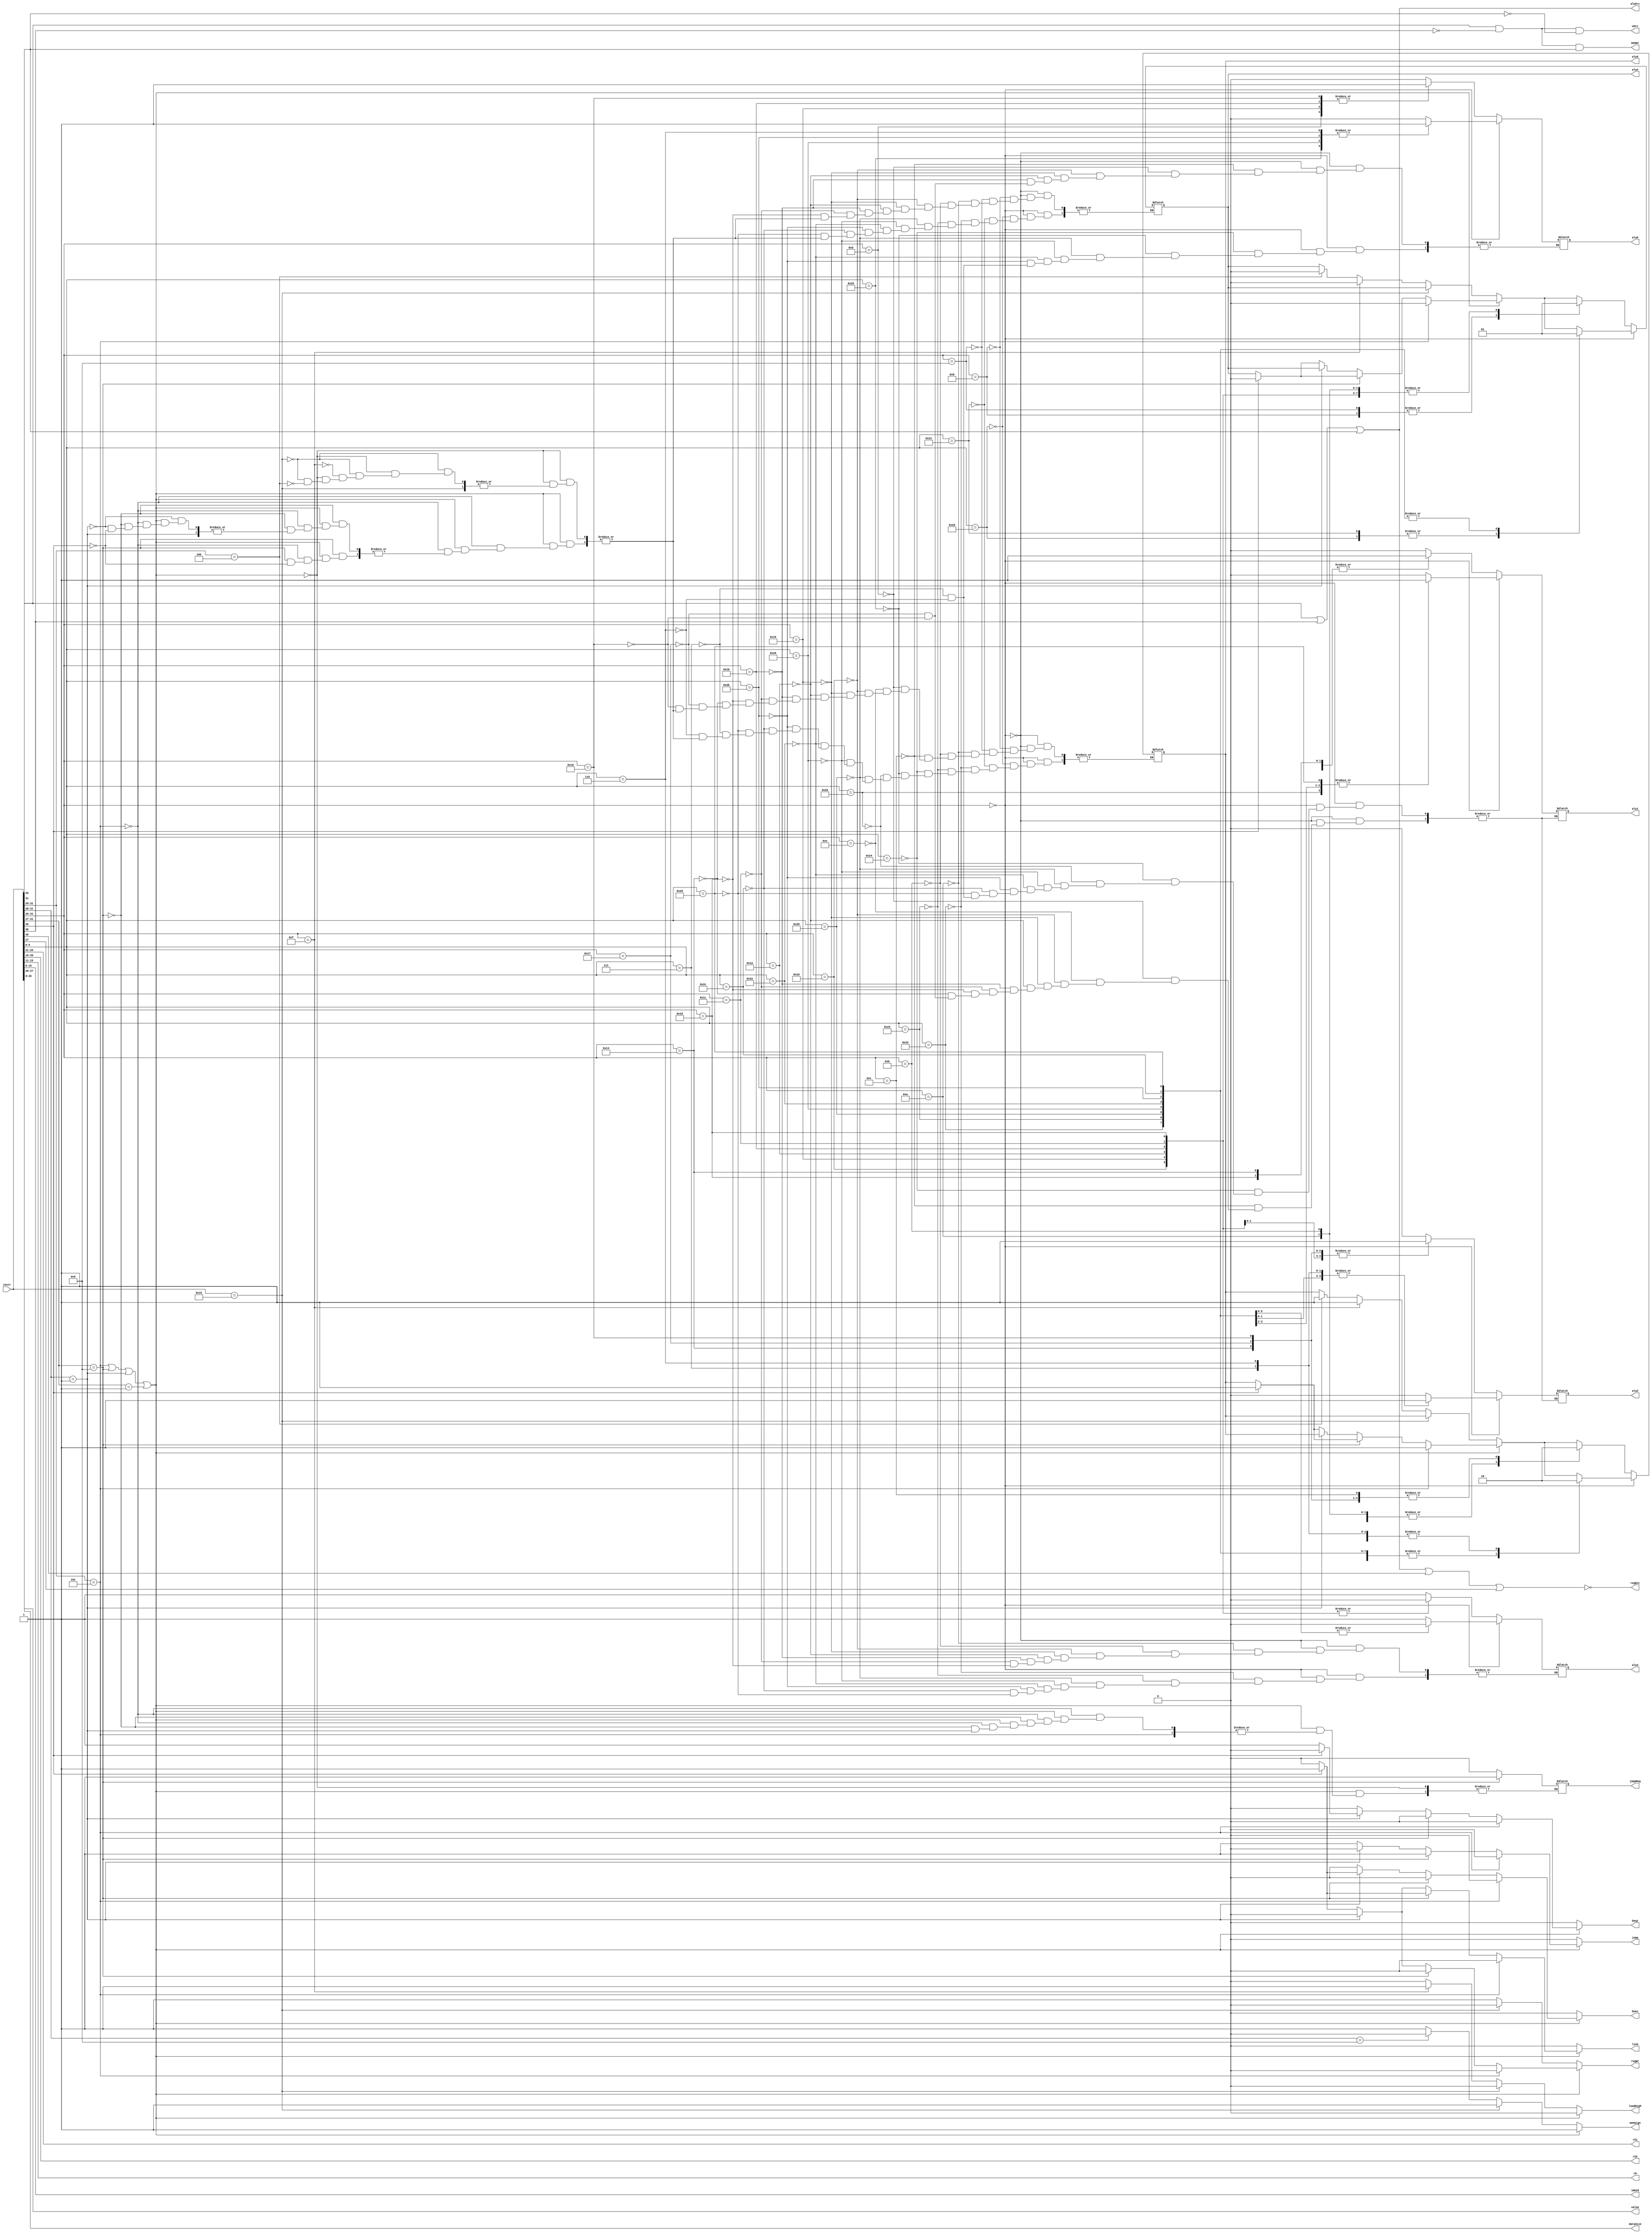

module control_signal(instr, rS1, rS2, rD, imm16, regDst, aluSrc, alu0, alu1, alu2, alu3, alu4, alu5, memWr, wSrc, regWr, dataSize, memSign, loadHigh, link, beqz, bnez, jump, jumpReg, value);

    input [31:0] instr;
    output reg regDst, aluSrc, alu0, alu1, alu2, alu3, alu4, alu5, memWr, wSrc, regWr, memSign, loadHigh, link, beqz, bnez, jump, jumpReg;
	output reg [1:0] dataSize;
	output reg [4:0] rS1, rS2, rD;
	output reg [15:0] imm16;
	output reg [25:0] value;


    always@(instr)

    begin


		rS1 = instr[25:21];
		rS2 = instr[20:16];
		rD = instr[15:11];
		imm16 = instr[15:0];
		aluSrc = instr[31] | instr[30] | instr[29];         //opcode 000xxx      pass rs2 or imm16
		memWr = instr[31] & ~instr[30] & instr[29];         // opcode 101xxx     Store 
		wSrc = instr[31] & ~instr[30] & ~instr[29];         //opcode 100xxx      Load
		regDst = ~(aluSrc | instr[28] | instr[27]);         //opcode 00000x      r-type or i-type
		
		dataSize = instr[27:26];
		memSign = 1;                 // signed
		loadHigh = 0;
		link = 0;
		beqz = 0;
		bnez = 0;
		jump = 0;
		value = instr[25:0];



		if (instr[31:29] == 3'b101 || instr[31:27] == 5'b01001 || instr[31:28] == 4'b0001 || instr [31:27] == 5'b00001)
		begin
			if (instr[31:29] == 3'b101)             // opcode 101xxx        Store
			begin
				regWr = 0;
				alu4 = 0;
				alu5 = 1;
			end

			else if (instr[31:27] == 5'b01001)      // JR & JALR
			begin
				if (instr[26] == 0)                 // JR
				begin
					regWr = 0;
					jump = 1;
					jumpReg = 1;
				end

				else                                // JALR
				begin
					regWr = 0;
					link = 1;
					jump = 1;
					jumpReg = 1;
					alu4 = 0;
					alu5 = 1;
				end
			end

			else if (instr[31:28] == 4'b0001)       // beqz & bnez
			begin
				if (instr[26] == 0)                 // beqz
				begin
					beqz = 1;
				end

				else                                // bnez
				begin
					bnez = 1;
				end

				regWr = 0;
			end

			else                                    // J & JAL
			begin
				if (instr[26] == 0)                 // J
				begin
					regWr = 0;
					jump = 1;
					jumpReg = 0;
				end

				else                                // JAL
				begin
					regWr = 1;
					link = 1;
					jump = 1;
					jumpReg = 0;
					alu4 = 0;
					alu5 = 1;
				end
			end

		end

		else                                        // LOAD
		begin
			if (instr == 32'b00000000000000000000000000010101)      // NOP
			begin
				regWr = 0;
			end
			else
			begin
				regWr = 1;                       // for rest of instructions, write to destination reg

				if (instr[31:29] == 3'b100)     // IF LOAD instructions, do addition
				begin
					alu4 = 0;
					alu5 = 1;
				end

				if (instr[31:28] == 4'b1001)            // LBU & LHU
				begin
					memSign = 0;                
				end

				if (instr[31:26] == 6'b001111)          // LHI
				begin
					loadHigh = 1;
					alu4 = 0;
					alu5 = 1;
				end


			end

		end

		 
		
		

		if (instr[31:26] == 6'b000000)      // r-type instructions opcode = 0  
	  

		begin
			case (instr[5:0])               // match by function
				6'b100000:                  // add            
				begin
					alu4 = 0;
					alu5 = 1;
				end

				6'b100001:                  // addu
				begin
					alu4 = 0;
					alu5 = 1;
				end


				6'b100010:                  // sub
				begin	
					alu3 = 1;
					alu4 = 1;
					alu5 = 1;     
				end
				
				6'b100011:                  // subu
				begin
					alu3 = 1;
					alu4 = 1;
					alu5 = 1;   
				end


				6'b100100:                  // and
				begin
					alu0 = 0;
					alu1 = 0;
					alu2 = 0;
					alu5 = 0;
				end

				6'b100101:                  // or
				begin
					alu0 = 1;
					alu1 = 0;
					alu2 = 0;
					alu5 = 0;
				end

				6'b100110:                  // xor
				begin
					
					alu1 = 1;
					alu2 = 0;               
					alu5 = 0;
				end
				
				6'b101000:                  // seq
				begin
					alu0 = 0;
					alu1 = 0;
					alu2 = 0;
					alu3 = 0;
					alu4 = 1;
					alu5 = 1;
				end
				
				6'b101001:                  // sne
				begin
					alu0 = 1;
					alu1 = 0;
					alu2 = 0;
					alu3 = 0;
					alu4 = 1;
					alu5 = 1;
				end

				6'b101010:                  // slt
				begin
					alu0 = 0;
					alu1 = 1;
					alu2 = 0;
					alu3 = 0;
					alu4 = 1;
					alu5 = 1;
				end

				6'b101011:                  // sgt
				begin
					alu0 = 1;
					alu1 = 1;
					alu2 = 0;
					alu3 = 0;
					alu4 = 1;
					alu5 = 1;
				end

				6'b101100:                  // sle   
				begin
					alu1 = 0;
					alu2 = 1;
					alu3 = 0;
					alu4 = 1;
					alu5 = 1;
				end

				6'b101101:                  // sge 
				begin
					alu1 = 1;
					alu2 = 1;
					alu3 = 0;
					alu4 = 1;
					alu5 = 1;
				end
				
				6'b100100:                  // sll
				begin	
					alu1 = 1;
					alu2 = 1;               
					alu5 = 0;
				end

				6'b000111:                  // sra
				begin
					alu0 = 0;
					alu1 = 0;
					alu2 = 1;                
					alu5 = 0;
				end

				6'b000110:                  // srl
				begin
					alu0 = 1;
					alu1 = 0;
					alu2 = 1;
					alu5 = 0;
				end
			endcase
		end
	   

		else                                // I-type instructions   

		begin   
			case (instr[31:26])               // match by function
				6'b001000:                  // addi            
				begin
					alu4 = 0;
					alu5 = 1;
				end

				6'b001001:                  // addui
				begin
					alu4 = 0;
					alu5 = 1;
				end


				6'b001010:                  // subi
				begin
					
					alu3 = 1;
					alu4 = 1;
					alu5 = 1;     
				end

				6'b001011:                  // subui
				begin
					alu3 = 1;
					alu4 = 1;
					alu5 = 1; 
				end


				6'b001100:                  // andi
				begin
					alu0 = 0;
					alu1 = 0;
					alu2 = 0;
					alu5 = 0;
				end

				6'b001101:                  // ori
				begin
					alu0 = 1;
					alu1 = 0;
					alu2 = 0;
					alu5 = 0;
				end

				6'b001110:                  // xori
				begin	
					alu1 = 1;
					alu2 = 0;               
					alu5 = 0;
				end
				
				6'b011000:                  // seqi
				begin
					alu0 = 0;
					alu1 = 0;
					alu2 = 0;
					alu3 = 0;
					alu4 = 1;
					alu5 = 1;
				end

				6'b011001:                  // snei
				begin
					alu0 = 1;
					alu1 = 0;
					alu2 = 0;
					alu3 = 0;
					alu4 = 1;
					alu5 = 1;
				end

				6'b011010:                  // slti
				begin
					alu0 = 0;
					alu1 = 1;
					alu2 = 0;
					alu3 = 0;
					alu4 = 1;
					alu5 = 1;
				end

				6'b011011:                  // sgti
				begin
					alu0 = 1;
					alu1 = 1;
					alu2 = 0;
					alu3 = 0;
					alu4 = 1;
					alu5 = 1;
				end

				6'b011100:                  // slei 
				begin
					alu1 = 0;
					alu2 = 1;
					alu3 = 0;
					alu4 = 1;
					alu5 = 1;
				end

				6'b011101:                  // sgei      
				begin
					alu1 = 1;
					alu2 = 1;
					alu3 = 0;
					alu4 = 1;
					alu5 = 1;
				end
				
				6'b010100:                  // slli
				begin
					
					alu1 = 1;
					alu2 = 1;               
					alu5 = 0;
				end

				6'b010111:                  // srai
				begin
					alu0 = 0;
					alu1 = 0;
					alu2 = 1;                
					alu5 = 0;
				end

				6'b010110:                  // srli
				begin
					alu0 = 1;
					alu1 = 0;
					alu2 = 1;
					alu5 = 0;
				end
				
			endcase
		end

    end
endmodule